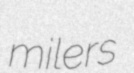
milers